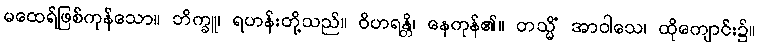
မထေရ်ဖြစ်ကုန်သော။ ဘိက္ခူ၊ ရဟန်းတို့သည်။ ဝိဟရန္တိ၊ နေကုန်၏။ တသ္မိံ အာဝါသေ၊ ထိုကျောင်း၌။